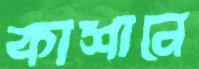
কাশানে